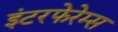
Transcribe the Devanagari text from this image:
इंटरफेरेम्स